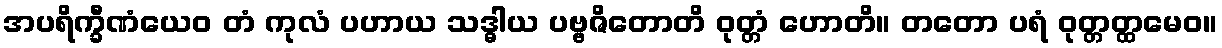
အပရိက္ခီဏံယေဝ တံ ကုလံ ပဟာယ သဒ္ဓါယ ပဗ္ဗဇိတောတိ ဝုတ္တံ ဟောတိ။ တတော ပရံ ဝုတ္တတ္ထမေဝ။